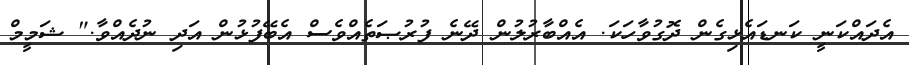
އެދައްކަނީ ކަނޑައެޅިގެން ދޮގުވާހަކަ. އެއްބާރުލުން ދޭނެ ފުރުޞަތެއްވެސް އެބޭފުޅުން އަދި ނުދެއްވާ." ޝަމީމް